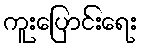
ကူးပြောင်းရေး